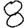
Digit: 8